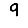
Digit: 9